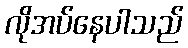
လိုအပ်နေပါသည်